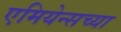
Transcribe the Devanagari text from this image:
एमियेन्सच्या